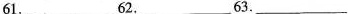
61.___62.___63.___